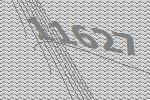
11627